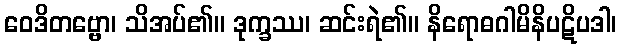
ဝေဒိတဗ္ဗော၊ သိအပ်၏။ ဒုက္ခဿ၊ ဆင်းရဲ၏။ နိရောဓဂါမိနိပဋိပဒါ၊